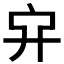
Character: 𠂂